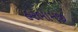
હરભામજી